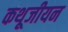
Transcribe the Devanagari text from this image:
कथूजीयन